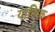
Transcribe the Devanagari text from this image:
याम्त्रिक